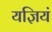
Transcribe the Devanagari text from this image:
यज्ञियं